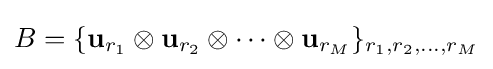
B=\{\mathbf {u} _{r_{1}}\otimes \mathbf {u} _{r_{2}}\otimes \cdots \otimes \mathbf {u} _{r_{M}}\}_{r_{1},r_{2},\ldots ,r_{M}}